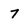
Character: 7